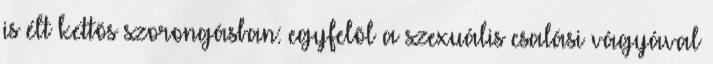
is élt kettõs szorongásban: egyfelõl a szexuális csalási vágyával